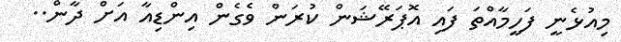
މިއުޅެނީ ފަހީމާއްތަ ފައި އޮޕަރޭޝަން ކުރަން ވެގެން އިންޑިއާ އަށް ދާން..